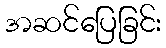
အဆင်ပြေခြင်း